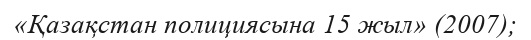
«Қазақстан полициясына 15 жыл» (2007);